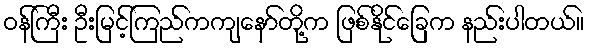
ဝန်ကြီး ဦးမြင့်ကြည်ကကျနော်တို့က ဖြစ်နိုင်ခြေက နည်းပါတယ်။